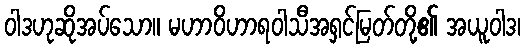
ဝါဒဟုဆိုအပ်သော။ မဟာဝိဟာရဝါသီအရှင်မြတ်တို့၏ အယူဝါဒ၊